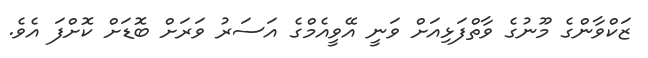
ޒަކްވާންގެ މޫނުގެ ވާތްފަޅިއަށް ވަނީ އޭވީއެމްގެ އަސަރު ވަރަށް ބޮޑަށް ކޮށްފަ އެވެ.